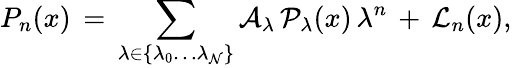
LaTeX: P_{n}(x)\, =\, \sum_{\lambda\in\{ \lambda_{0}\ldots\lambda_{\cal N}\} }{\cal A}_{\lambda}\, {\cal P}_{\lambda}(x)\, \lambda^{n}\, +\, {\cal L}_{n}(x),